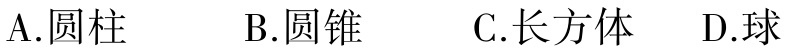
A.圆柱

B.圆锥

C.长方体

D.球